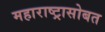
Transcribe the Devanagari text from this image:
महाराष्ट्रासोबत